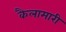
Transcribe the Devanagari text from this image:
कैलामारी